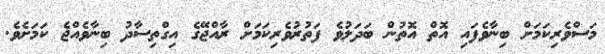
މަސްވެރިކަމަށް ބިނާވެފައި އޮތް އޮތުން ބަދަލުވެ ފަތުރުވެރިކަމަށް ރާއްޖޭގެ އިގްތިސާދު ބިނާވެއްޖެ ކަމަށެވެ.